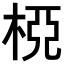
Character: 𣒘